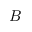
\boldsymbol { B }